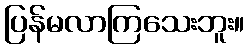
ပြန်မလာကြသေးဘူး။